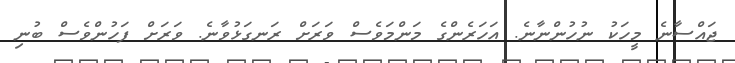
ޖައްސާނެ މީހަކު ނުހުންނާނެ. އަހަރެންގެ މަންމަވެސް ވަރަށް ރަނގަޅުވާނެ. ވަރަށް ފަހުންވެސް ބުނި